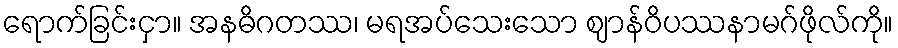
ရောက်ခြင်းငှာ။ အနဓိဂတဿ၊ မရအပ်သေးသော ဈာန်ဝိပဿနာမဂ်ဖိုလ်ကို။